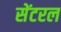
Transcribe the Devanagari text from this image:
सेंटरल